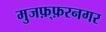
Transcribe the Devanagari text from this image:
मुजफ़्फ़रनगर